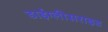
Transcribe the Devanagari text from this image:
डाईग्लीसराइड